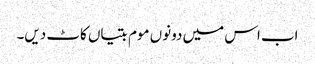
اب اس میں دونوں موم بتیاں کاٹ دیں۔